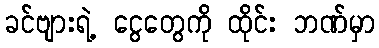
ခင်ဗျားရဲ့ ငွေတွေကို ထိုင်း ဘဏ်မှာ